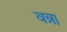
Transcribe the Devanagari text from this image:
वन्ना